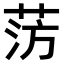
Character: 𫈊